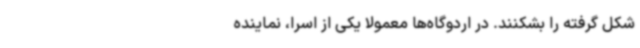
شکل گرفته ‌را بشکنند. در اردوگاه‌ها معمولاً یکی از اسرا، نماینده